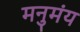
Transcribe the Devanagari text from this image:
मनुमंय